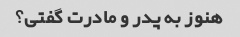
هنوز به پدر و مادرت گفتی؟